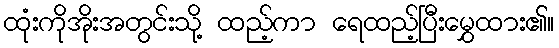
ထုံးကိုအိုးအတွင်းသို့ ထည့်ကာ ရေထည့်ပြီးမွှေထား၏။